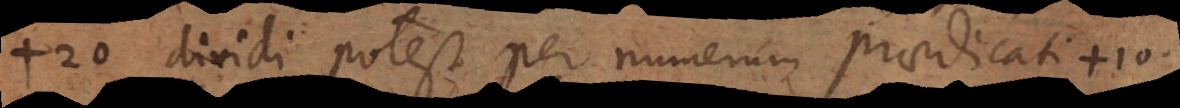
+20 dividi potest per numerum praedicati +10